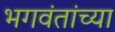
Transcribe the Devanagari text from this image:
भगवंतांच्या